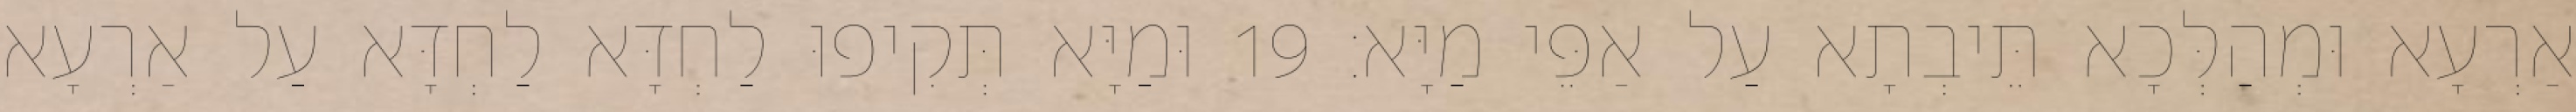
אַרְעָא וּמְהַלְּכָא תֵּיבְתָא עַל אַפֵּי מַיָּא׃ 19 וּמַיָּא תְּקִיפוּ לַחְדָּא לַחְדָּא עַל אַרְעָא